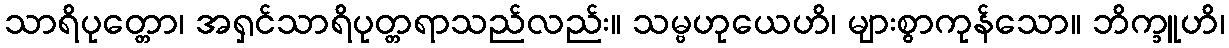
သာရိပုတ္တော၊ အရှင်သာရိပုတ္တရာသည်လည်း။ သမ္ဗဟုယေဟိ၊ များစွာကုန်သော။ ဘိက္ခူဟိ၊